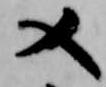
又